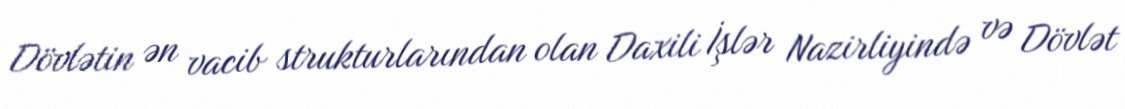
Dövlətin ən vacib strukturlarından olan Daxili İşlər Nazirliyində və Dövlət